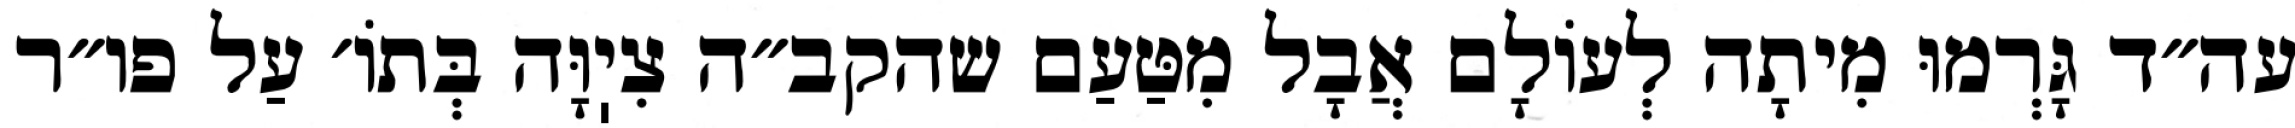
עה״ד גָּרְמוּ מִיתָה לְעוֹלָם אֲבָל מִטַּעַם שהקב״ה צִיֽוָּה בְּתוֹ׳ עַל פו״ר